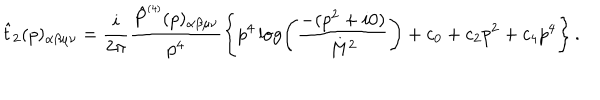
\hat { t } _ { 2 } ( p ) _ { \alpha \beta \mu \nu } = \frac { i } { 2 \pi } \frac { \hat { P } ^ { \scriptscriptstyle ( 4 ) } ( p ) _ { \alpha \beta \mu \nu } } { p ^ { 4 } } \left\{ p ^ { 4 } \log \left( \frac { - ( p ^ { 2 } + i 0 ) } { M ^ { 2 } } \right) + c _ { 0 } + c _ { 2 } p ^ { 2 } + c _ { 4 } p ^ { 4 } \right\} .